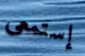
إستمعى